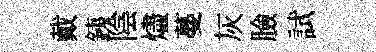
戴銕陰燼蔓灰臉試